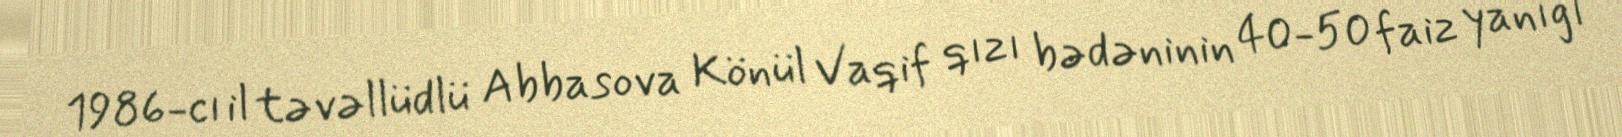
1986-cı il təvəllüdlü Abbasova Könül Vaqif qızı bədəninin 40-50 faiz yanığı